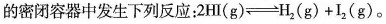
的密闭容器中发生下列反应：2 \mathrm{HI}(\mathrm{g}) \rightleftharpoons \mathrm{H}_{2}(\mathrm{~g})+\mathrm{I}_{2}(\mathrm{~g})。